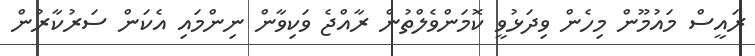
ރައީސް މައުމޫން މިހެން ވިދަޅުވީ ކޮމަންވެލްތުން ރާއްޖެ ވަކިވާން ނިންމައި އެކަން ސަރުކާރުން